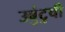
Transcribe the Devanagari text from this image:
उबुंटुची